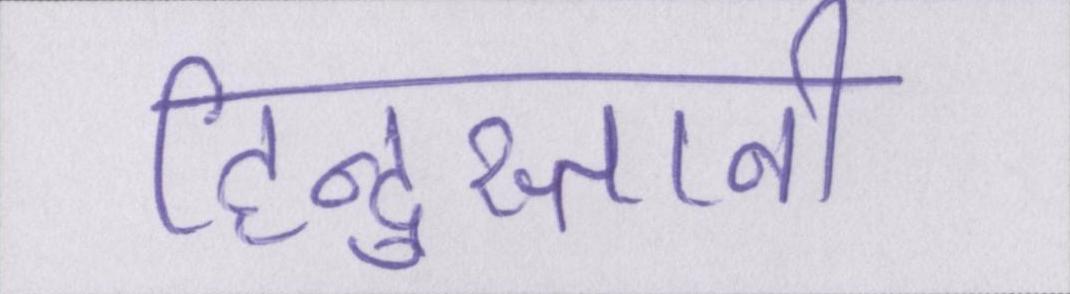
हिन्दुस्तानी